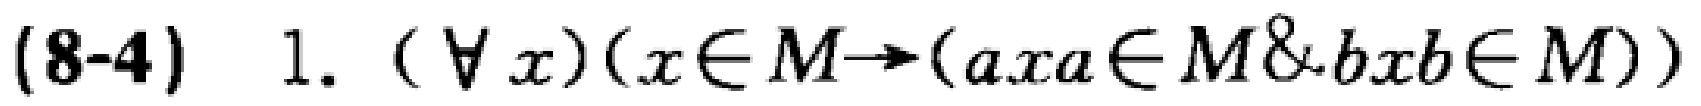
(8-4) 1. $(\forall x)(x\in M\rightarrow(axa\in M\&bxb\in M))$